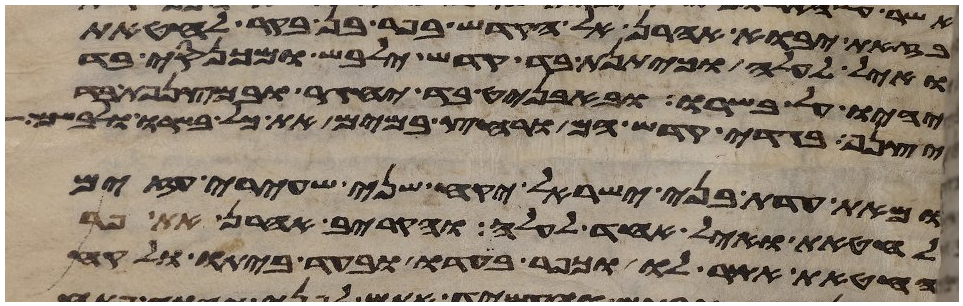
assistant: בזאת יבוא אהרן אל הקדש בפר בן בקר לחטאת
ואיל לעלה וכיתנת בד קדש ילבש ומכנסי בד
יהיו על בשרו ובאבניט בד יחגר ובמצנפת בד
יצנף בגדי קדש הם ורחץ במים את כל בשרו ולבשם
ומאת עדת בני ישראל יקח שני שעירי עזים
לחטאת ואיל אחד לעלה והקריב אהרן את פר
החטאת אשר לו וכפר בעדו ובעד ביתו ולקח